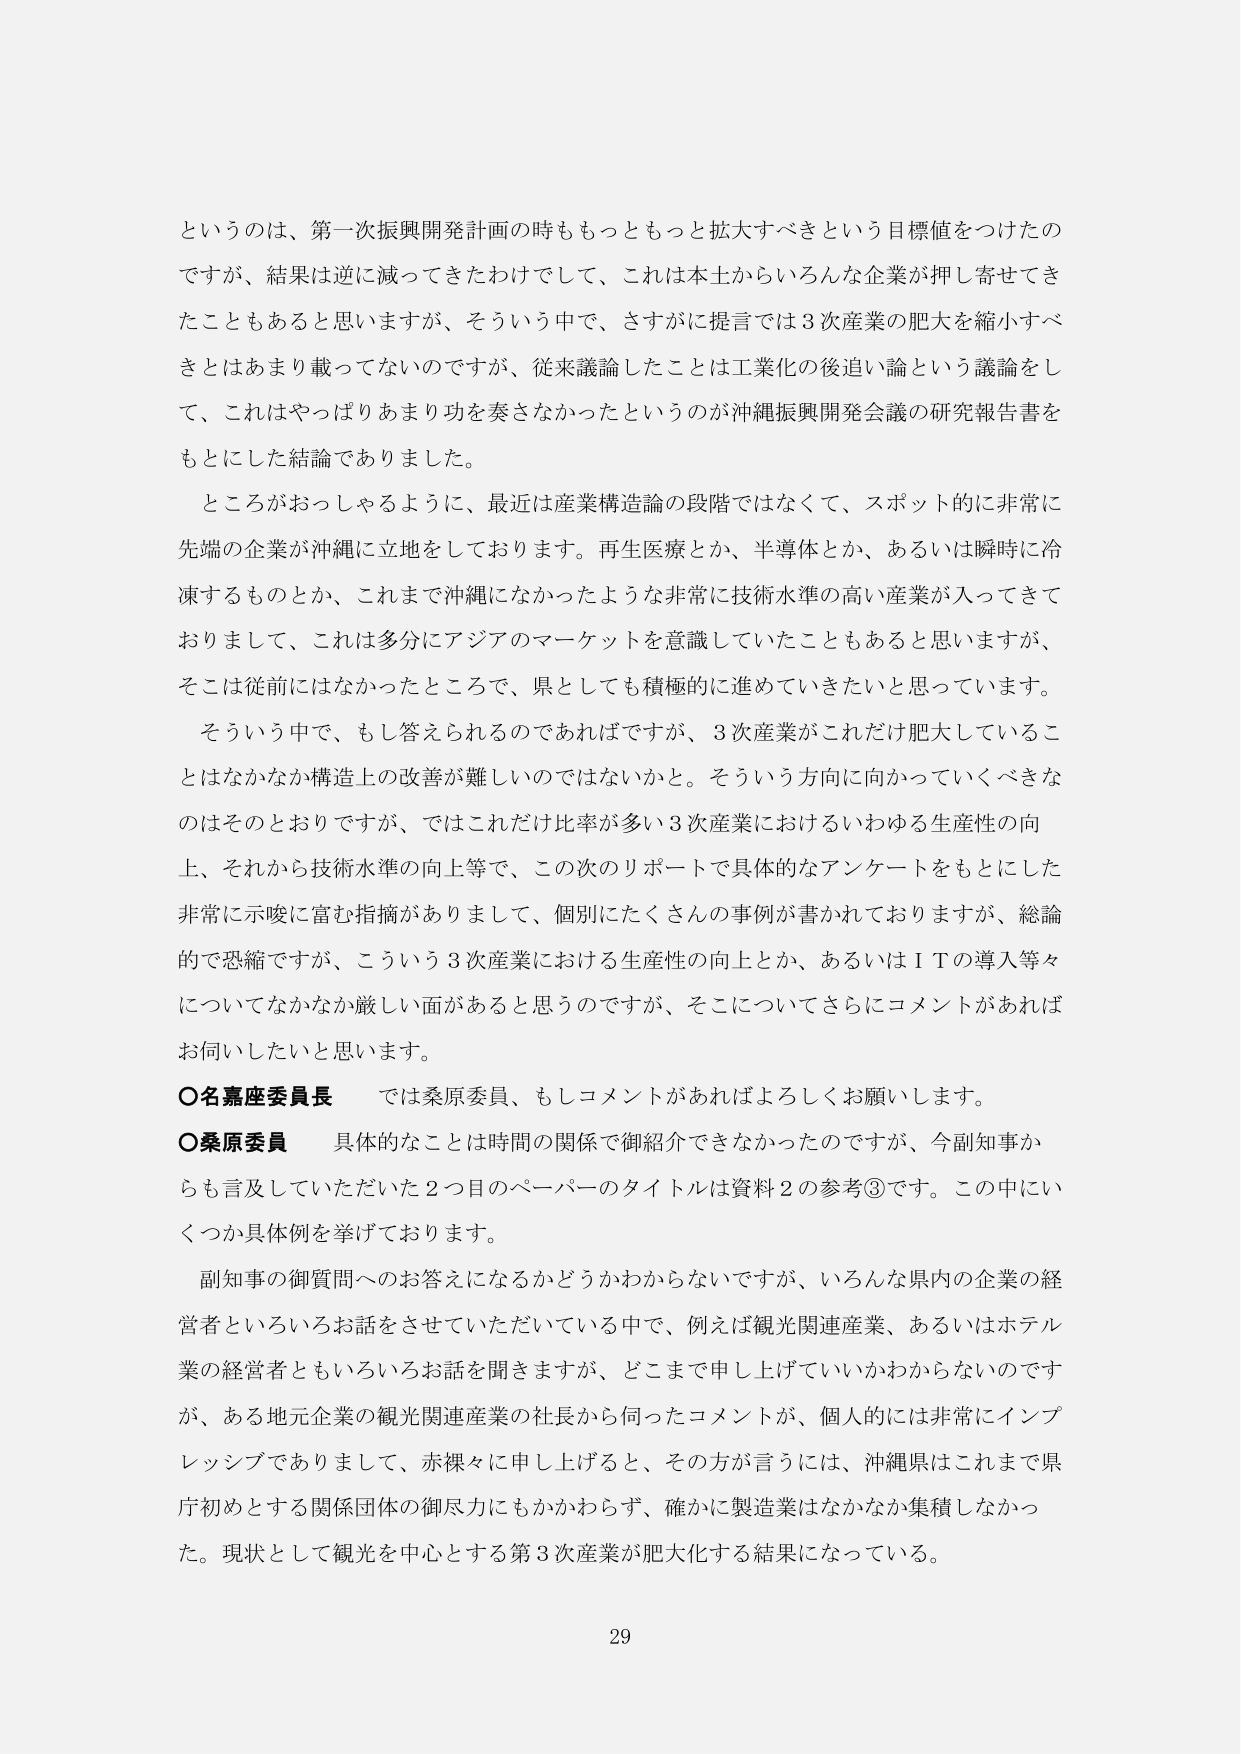
というの は、第一次振興開発計画の時ももっともっと拡大すべきという目標値をつけたのですが、結果は逆に減ってきたわけ で して、これは本土からいろんな企業が押し寄せてきたこともあると思いますが、そういう中で、さすがに提言では3次産業の肥大を縮小すべきとはあまり載ってないのですが、従来議論したことは工業化の後追い論という議論をして、これはやっぱりあまり功を奏さなかったというのが沖縄振興開発会議の研究報告書をもとにした結論でありました。

ところがおっしゃるように、最近は産業構造論の段階ではなくて、スポット的に非常に先端の企業が沖縄に立地をしております。再生医療とか、半導体とか、あるいは瞬時に冷凍するものとか、これまで沖縄になかったような非常に技術水準の高い産業が入ってきておりまして、これは多分にアジアのマーケットを意識していたこともあると思いますが、そこは従前にはなかったところで、県としても積極的に進めていきたいと思っています。

そういう中で、もし答えられるのであればですが、3次産業がこれだけ肥大していることはなかなか構造上の改善が難しいのではない かと。そういう方向に向かっていくべきなのはそのとおりですが、ではこれだけ比率が多い3次産業におけるいわゆる生産性の向上、それから技術水準の向上等で、この次のリポートで具体的なアンケートをもとにした非常に示唆に富む指摘がありまして、個別にたくさんの事例が書かれておりますが、総論的で恐縮ですが、こういう3次産業における生産性の向上とか、あるいはＩＴの導入等々についてなかなか厳しい面があると思うのですが、そこについてさらにコメントがあればお伺いしたいと思います。

○名嘉座委員長　では桑原委員、もしコメントがあればよろしくお願いします。

○桑原委員　具体的なことは時間の関係で御紹介できなかったのですが、今副知事からも言及していただいた2つ目のペーパーのタイトルは資料2の参考③です。この中にいくつか具体例を挙げております。

副知事の御質問へのお答えになるかどうかわからないですが、いろんな県内の企業の経営者といろいろお話をしてきていただいている中で、例えば観光関連産業、あるいはホテル業の経営者ともいろいろお話を聞きますが、どこまで申し上げていいかわからないのですが、ある地元企業の観光関連産業の社長から伺ったコメントが、個人的には非常にインプレッションでありまして、赤裸々に申し上げると、その方が言うには、沖縄県はこれまで県庁初めとする関係団体の御尽力にもかかわらず、確かに製造業はなかなか集積しなかった。現状として観光を中心とする第3次産業が肥大化する結果になっている。

29